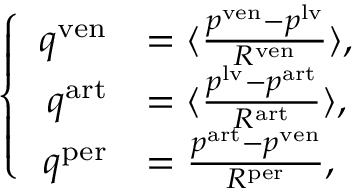
\left\{ \begin{array} { r l } { q ^ { \mathrm { v e n } } } & { = \langle \frac { p ^ { \mathrm { v e n } } - p ^ { \mathrm { l v } } } { R ^ { \mathrm { v e n } } } \rangle , } \\ { q ^ { \mathrm { a r t } } } & { = \langle \frac { p ^ { \mathrm { l v } } - p ^ { \mathrm { a r t } } } { R ^ { \mathrm { a r t } } } \rangle , } \\ { q ^ { \mathrm { p e r } } } & { = \frac { p ^ { \mathrm { a r t } } - p ^ { \mathrm { v e n } } } { R ^ { \mathrm { p e r } } } , } \end{array} \right.